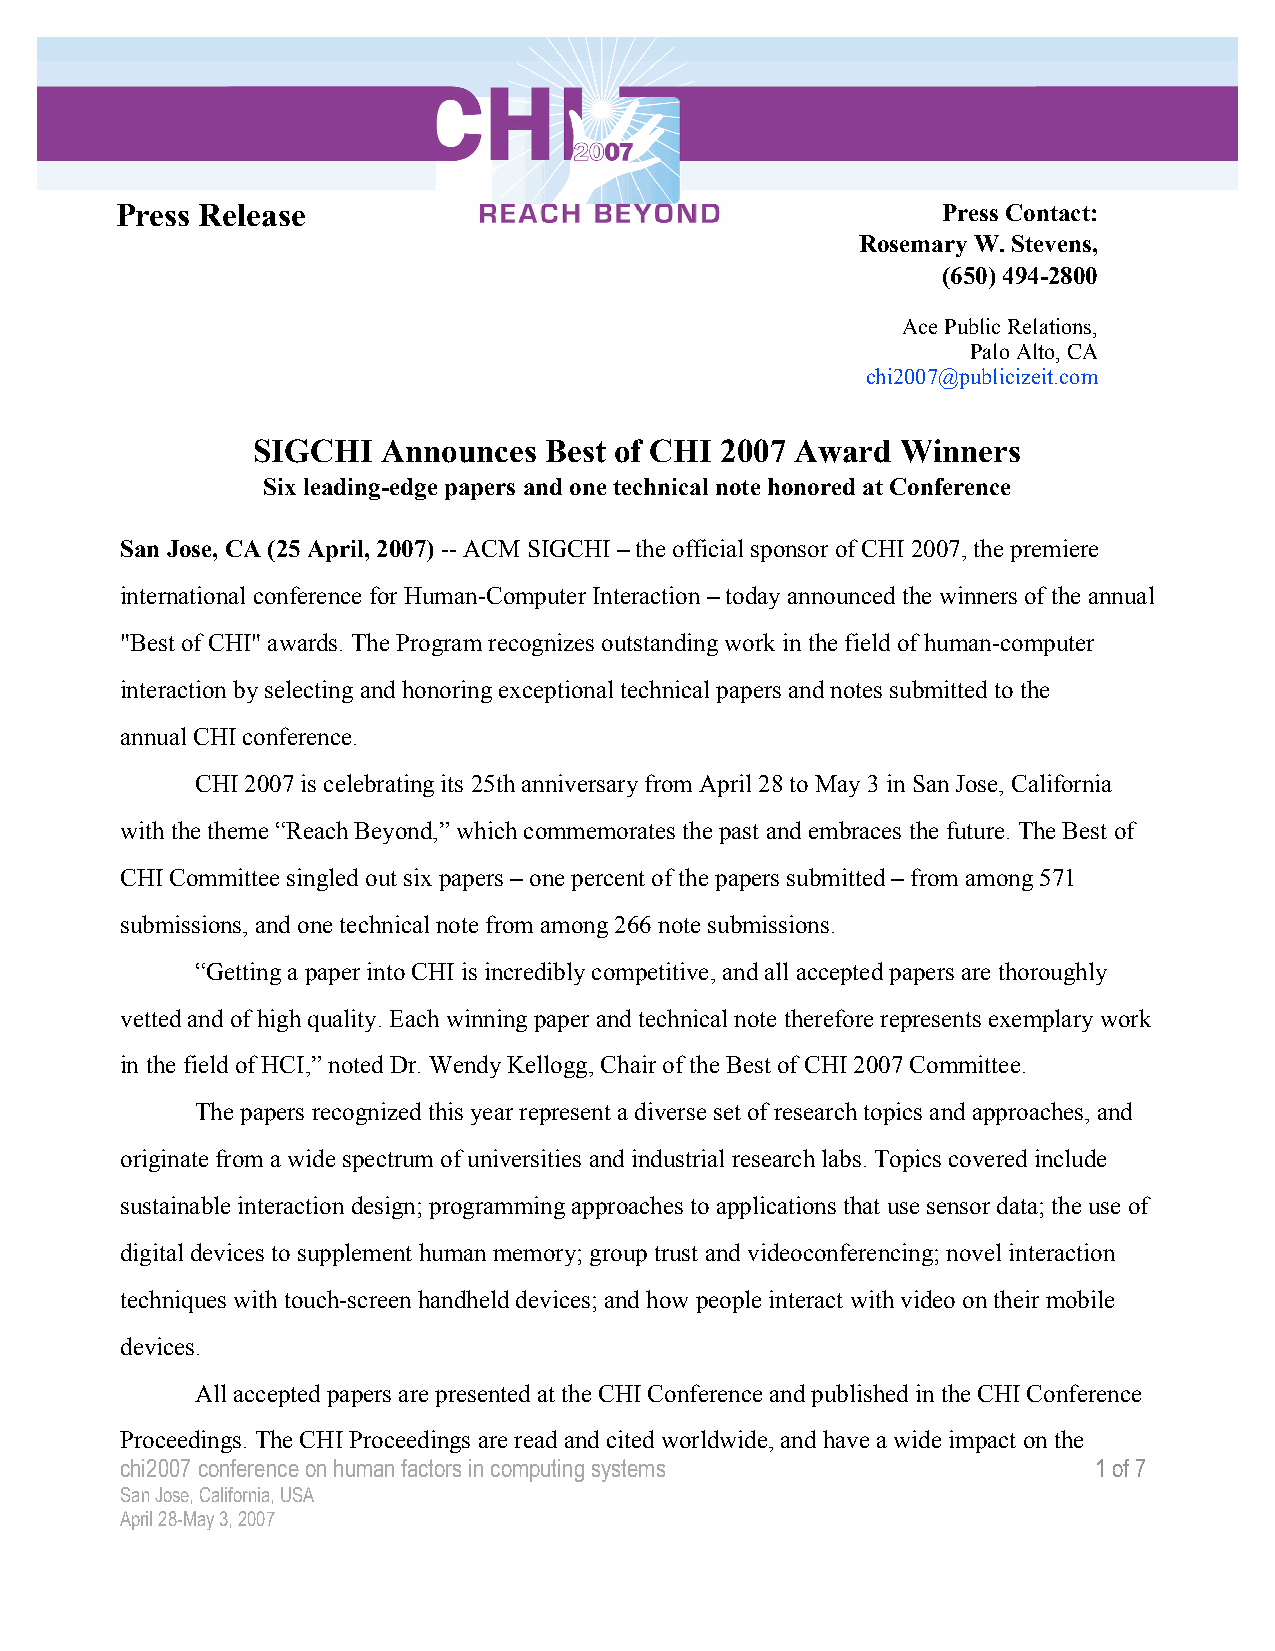
Press Release                                         Press Contact:
 Rosemary W. Stevens,
 (650) 494-2800
 Ace Public Relations,
 Palo Alto, CA
 chi2007@publicizeit.com
 SIGCHI  Announces  Best of CHI 2007 Award  Winners
 Six leading-edge papers and one technical note honored at Conference
 San Jose, CA (25 April, 2007) -- ACM SIGCHI – the official sponsor of CHI 2007, the premiere
 international conference for Human-Computer Interaction – today announced the winners of the annual
 "Best of CHI" awards. The Program recognizes outstanding work in the field of human-computer
 interaction by selecting and honoring exceptional technical papers and notes submitted to the
 annual CHI conference.
 CHI 2007 is celebrating its 25th anniversary from April 28 to May 3 in San Jose, California
 with the theme “Reach Beyond,” which commemorates the past and embraces the future. The Best of
 CHI Committee singled out six papers – one percent of the papers submitted – from among 571
 submissions, and one technical note from among 266 note submissions.
 “Getting a paper into CHI is incredibly competitive, and all accepted papers are thoroughly
 vetted and of high quality. Each winning paper and technical note therefore represents exemplary work
 in the field of HCI,” noted Dr. Wendy Kellogg, Chair of the Best of CHI 2007 Committee.
 The papers recognized this year represent a diverse set of research topics and approaches, and
 originate from a wide spectrum of universities and industrial research labs. Topics covered include
 sustainable interaction design; programming approaches to applications that use sensor data; the use of
 digital devices to supplement human memory; group trust and videoconferencing; novel interaction
 techniques with touch-screen handheld devices; and how people interact with video on their mobile
 devices.
 All accepted papers are presented at the CHI Conference and published in the CHI Conference
 Proceedings. The CHI Proceedings are read and cited worldwide, and have a wide impact on the
 chi2007 conference on human factors in computing systems        1 of 7
 San Jose, California, USA
 April 28-May 3, 2007